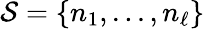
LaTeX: \mathcal{S}=\{ n_{1},...,n_{\ell}\}